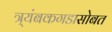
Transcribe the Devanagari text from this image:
त्र्यंबकगडासोबत